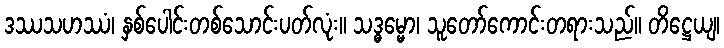
ဒဿသဟဿံ၊ နှစ်ပေါင်းတစ်သောင်းပတ်လုံး။ သဒ္ဓမ္မော၊ သူတော်ကောင်းတရားသည်။ တိဋ္ဌေယျ၊